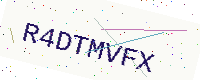
Text: R4DTMVFX